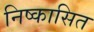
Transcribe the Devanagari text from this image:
निष्कासित